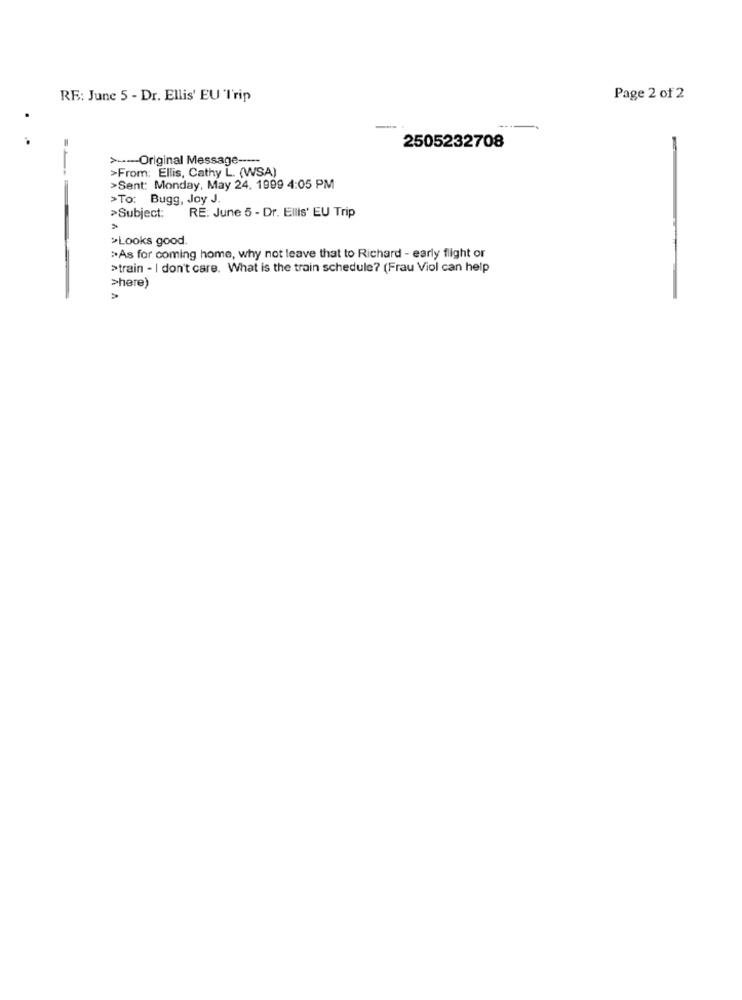
RE: June 5 - Dr. Ellis' EU Trip
Page 2 of 2
2505232708
> ----- Original Message -----
>From: Ellis, Cathy L. (WSA)
>Sent: Monday, May 24, 1999 4:05 PM
>To: Bugg, Joy J.
>Subject:
RE: June 5 - Dr. Ellis' EU Trip
>Looks good.
>As for coming home, why not leave that to Richard - early flight or
>train - I don't care. What is the train schedule? (Frau Viol can help
>here)